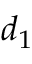
d _ { 1 }